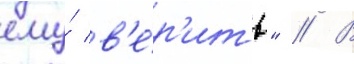
ему́ в'е́р'ить" // В